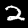
Label: 2